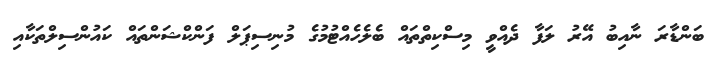
ބަންޑާރަ ނާއިބު އޭރު ލަފާ ދެއްވީ މިސްކިތްތައް ބެލެހެއްޓުމުގެ މުނިސިޕަލް ފަންކްޝަންތައް ކައުންސިލްތަކާއި